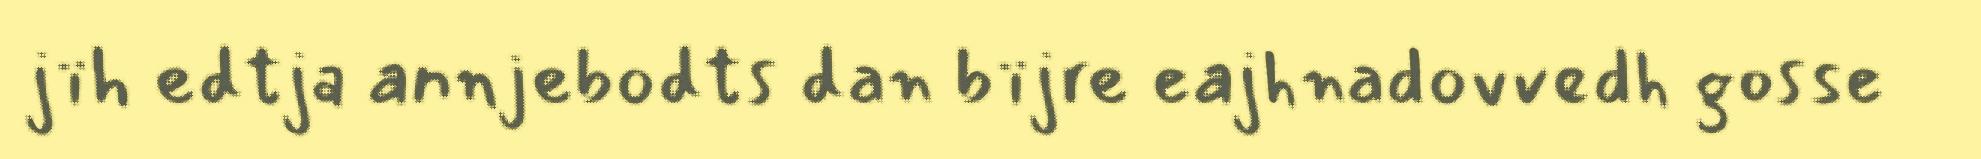
jïh edtja annjebodts dan bïjre eajhnadovvedh gosse